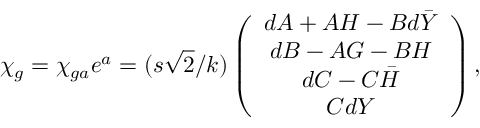
\chi _ { g } = \chi _ { g a } e ^ { a } = ( s \sqrt { 2 } / k ) \left( \begin{array} { c } { { d A + A H - B d \bar { Y } } } \\ { { d B - A G - B H } } \\ { { d C - C \bar { H } } } \\ { { C d Y } } \end{array} \right) ,